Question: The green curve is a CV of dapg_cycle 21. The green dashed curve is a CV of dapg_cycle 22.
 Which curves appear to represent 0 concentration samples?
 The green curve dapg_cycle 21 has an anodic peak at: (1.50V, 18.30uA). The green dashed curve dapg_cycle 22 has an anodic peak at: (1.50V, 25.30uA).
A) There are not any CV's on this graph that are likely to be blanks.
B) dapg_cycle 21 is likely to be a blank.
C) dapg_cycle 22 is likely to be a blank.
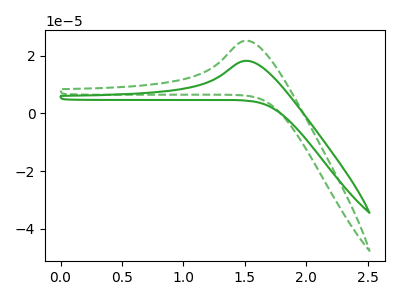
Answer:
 <answer>A) There are not any CV's on this graph that are likely to be blanks.</answer>
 <eval>A</eval>